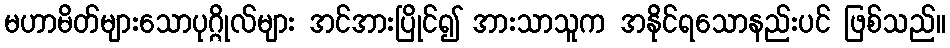
မဟာမိတ်များသောပုဂ္ဂိုလ်များ အင်အားပြိုင်၍ အားသာသူက အနိုင်ရသောနည်းပင် ဖြစ်သည်။